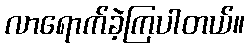
လာရောက်ခဲ့ကြပါတယ်။